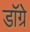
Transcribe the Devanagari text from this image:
डॉग्रे